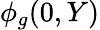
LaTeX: \phi_{g}(0,Y)